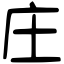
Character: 庄